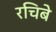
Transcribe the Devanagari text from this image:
रचिबे